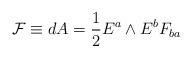
LaTeX: \begin{align*}{\cal F} \equiv dA = {1 \over 2} E^a \wedge E^b F_{ba}\end{align*}